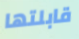
قابلتها